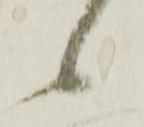
候